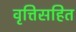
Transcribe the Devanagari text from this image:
वृत्तिसहित